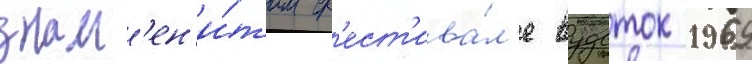
знам'ен'и́том ф'ест'ива́л'е вудсток 1969